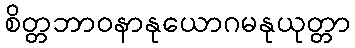
စိတ္တဘာဝနာနုယောဂမနုယုတ္တာ